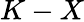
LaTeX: K-X